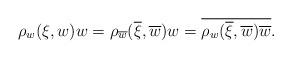
LaTeX: \begin{align*}\rho_w(\xi, w) w = \rho_{\overline{w}}(\overline{\xi},\overline{w}) w= \overline{\rho_w(\overline{\xi},\overline{w}) \overline{w}} .\end{align*}